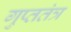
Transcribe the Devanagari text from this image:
गुप्ततंत्र